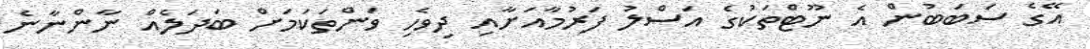
އޭގެ ސަބަބުން އެ ނޫޓްތަކުގެ އަސްލު ފަރުމާއަށާއި ދިވެހި ވަންތަކަމަށް ބަދަލެއް ނާންނާނެ